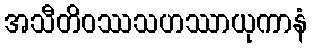
အသီတိဝဿသဟဿာယုကာနံ